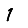
Digit: 1